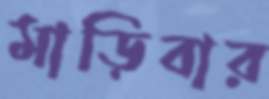
মাড়িবার